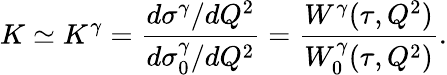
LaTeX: K\simeq K^{\gamma}={\frac{d\sigma^{\gamma}/dQ^{2}}{d\sigma_{0}^{\gamma}/dQ^{2}}}={\frac{W^{\gamma}(\tau,Q^{2})}{W_{0}^{\gamma}(\tau,Q^{2})}}.